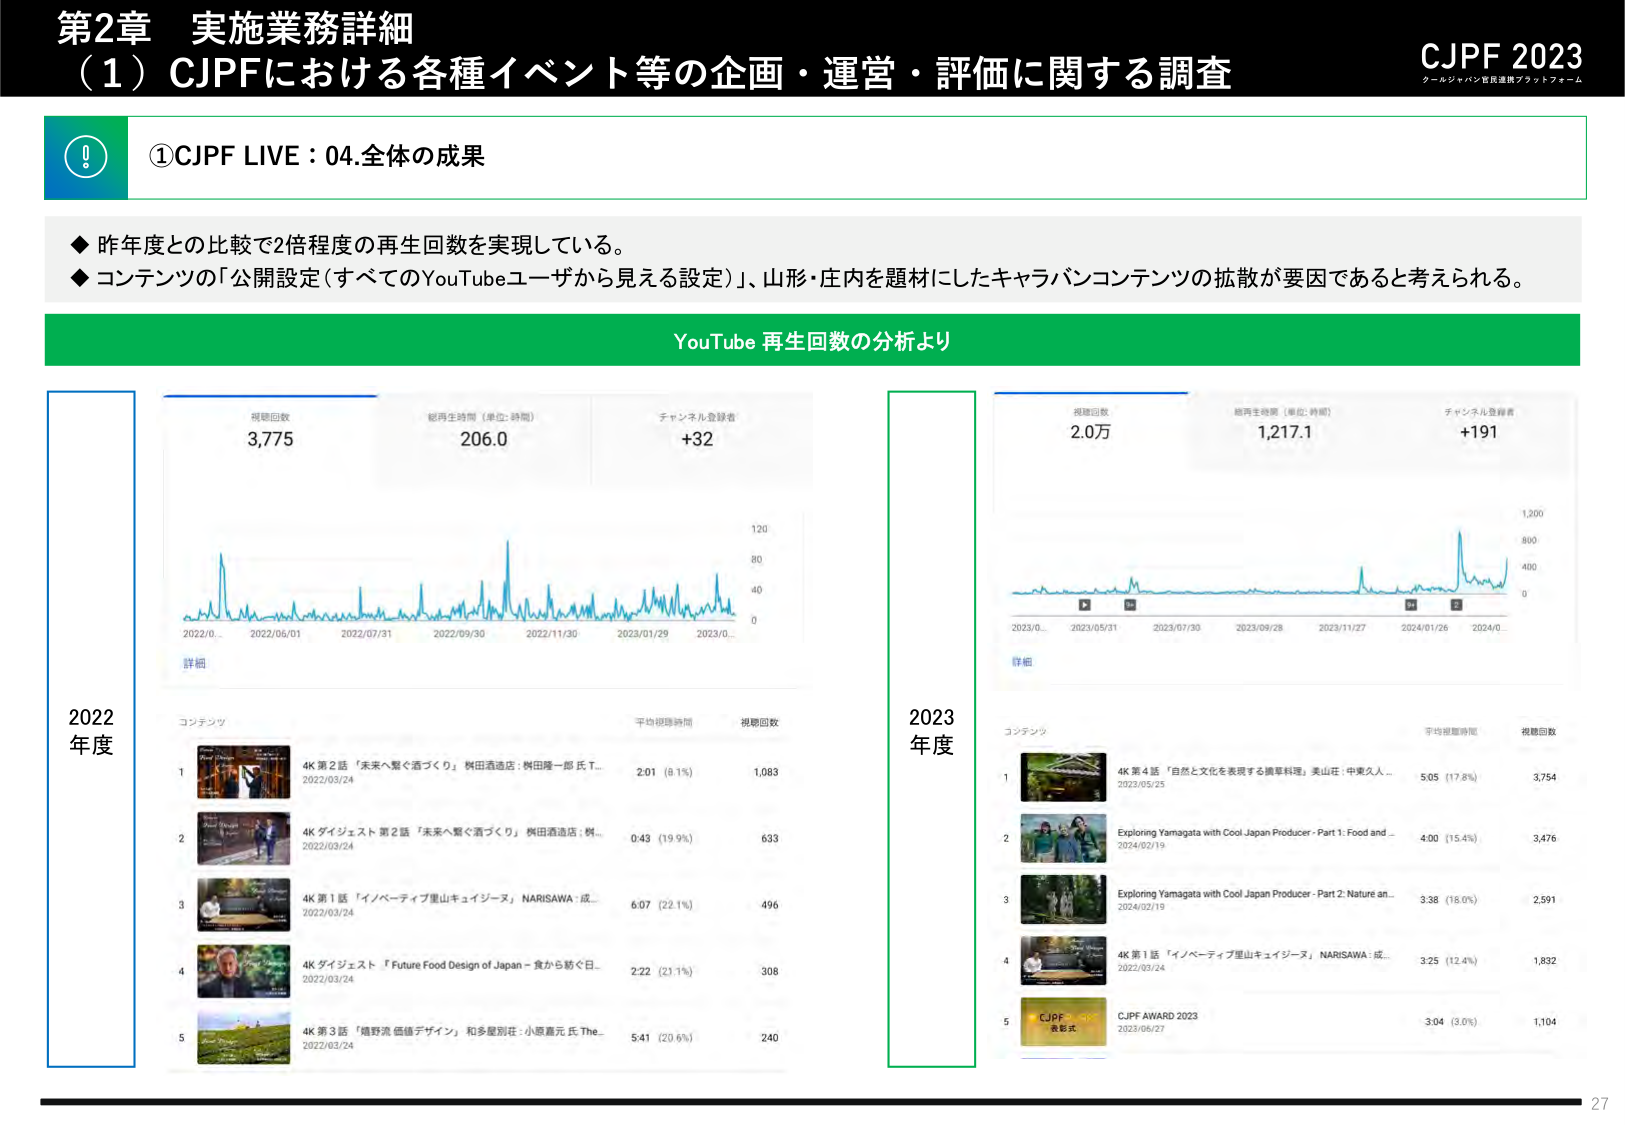
第2章 実施業務詳細
（1）CJPFにおける各種イベント等の企画・運営・評価に関する調査
CJPF 2023
クールジャパン官民連携プラットフォーム

①CJPF LIVE：04.全体の成果

◆ 昨年度との比較で2倍程度の再生回数を実現している。
◆ コンテンツの「公開設定（すべてのYouTubeユーザーから見える設定）」、山形・庄内を題材にしたキャラバンコンテンツの拡散が要因であると考えられる。

YouTube 再生回数の分析より

2022年度
視聴回数 3,775
総再生時間（単位：時間） 206.0
チャンネル登録者 +32

詳細
2022/0... 2022/06/01 2022/07/31 2022/09/30 2022/11/30 2023/01/29 2023/0...

コンテンツ
1 4K 第2話 「未来へ繋ぐ酒づくり」 ㈱田酒造店：㈱田隆一郎 氏 T... 2022/03/24 2:01（8.1%） 1,083
2 4K ダイジェスト 第2話 「未来へ繋ぐ酒づくり」 ㈱田酒造店：㈱... 2022/03/24 0:43（19.9%） 633
3 4K 第1話 「イノベーティブ里山キュイジーヌ」 NARISAWA：成... 2022/03/24 6:07（22.1%） 496
4 4K ダイジェスト 「Future Food Design of Japan－食から紡ぐ日... 2022/03/24 2:22（21.1%） 308
5 4K 第3話 「造野流 価値デザイン」 和多屋別荘：小原嘉元 氏 The... 2022/03/24 5:41（20.6%） 240

2023年度
視聴回数 2.0万
総再生時間（単位：時間） 1,217.1
チャンネル登録者 +191

詳細
2023/0... 2023/05/31 2023/07/30 2023/09/28 2023/11/27 2024/01/26 2024/0...

コンテンツ
1 4K 第4話 「自然と文化を表現する摘草料理」 美山荘：中東久人... 2023/05/25 5:05（17.6%） 3,754
2 Exploring Yamagata with Cool Japan Producer - Part 1: Food and... 2024/02/19 4:00（15.4%） 3,476
3 Exploring Yamagata with Cool Japan Producer - Part 2: Nature an... 2024/02/19 3:38（18.0%） 2,591
4 4K 第1話 「イノベーティブ里山キュイジーヌ」 NARISAWA：成... 2023/03/24 3:25（12.4%） 1,832
5 CJPF AWARD 2023 2023/06/21 3:04（3.0%） 1,104

27